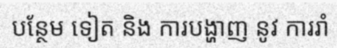
បន្ថែម ទៀត និង ការបង្ហាញ នូវ ការរាំ